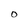
Character: 0